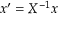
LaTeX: x ^ { \prime } = X ^ { - 1 } x